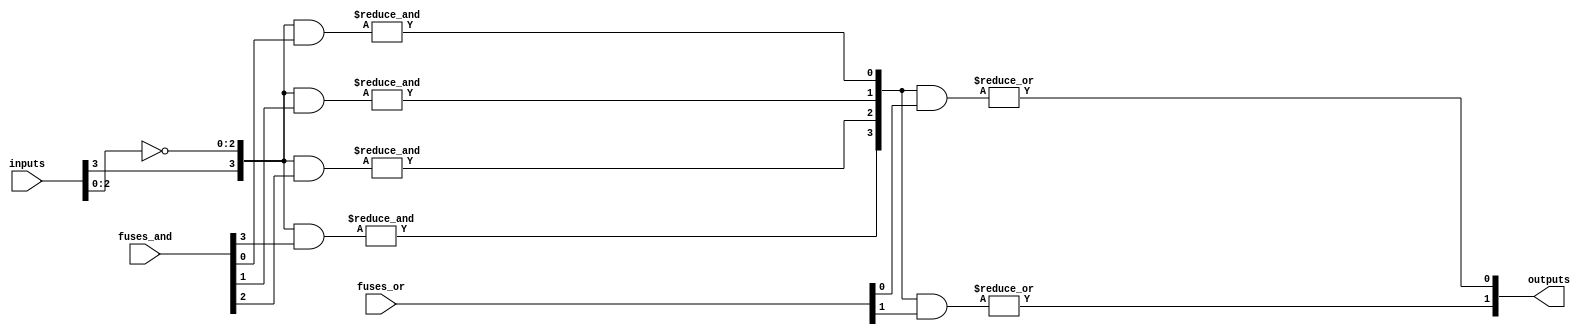
module fuse_based_PLA #(
    parameter NUM_INPUTS = 4,      // Number of inputs
    parameter NUM_PRODUCT_TERMS = 4,// Number of product terms (rows in AND array)
    parameter NUM_OUTPUTS = 2       // Number of outputs
)(
    input  wire [NUM_INPUTS-1:0] inputs, // Input signals
    input  wire [NUM_PRODUCT_TERMS-1:0] fuses_and, // Fuse configuration for AND array
    input  wire [NUM_OUTPUTS-1:0] fuses_or, // Fuse configuration for OR array
    output wire [NUM_OUTPUTS-1:0] outputs // Output signals
);

    wire [NUM_PRODUCT_TERMS-1:0] and_outputs; // Outputs of the AND array
    genvar i, j;

    // AND Array
    generate
      for (i = 0; i < NUM_PRODUCT_TERMS; i = i + 1) begin : and_array
          wire [NUM_INPUTS-1:0] and_input;
          assign and_input = {inputs[NUM_INPUTS-1], ~inputs[NUM_INPUTS-2:0]}; // inverted inputs
          assign and_outputs[i] = (&(and_input & fuses_and[i]));
      end
    endgenerate

    // OR Array
    generate
      for (j = 0; j < NUM_OUTPUTS; j = j + 1) begin : or_array
          assign outputs[j] = |(and_outputs & fuses_or[j]);
      end
    endgenerate

endmodule